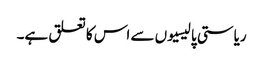
ریاستی پالیسیوں سے اس کا تعلق ہے۔